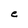
Character: e